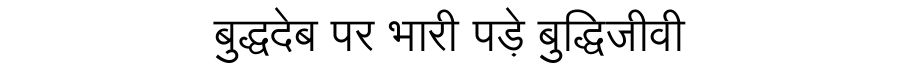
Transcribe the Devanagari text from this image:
बुद्धदेब पर भारी पड़े बुद्धिजीवी